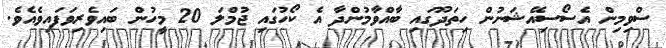
ސްވިމިން އެސޯސިއޭޝަނުން ހިތަދޫގައި ބާއްވާމުންދާ އެ ކޯހުގައި ޖުމްލަ 20 މީހުން ބައިވެރިވަފައިވެއެވެ.